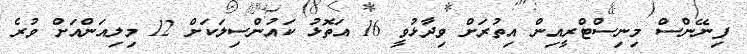
ފިނޭންސް މިނިސްޓްރީއިން އިތުރަށް ވިދާޅުވީ 16 އަތޮޅު ކައުންސިލަކަށް 12 މިލިއަންއަށް ވުރެ